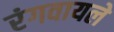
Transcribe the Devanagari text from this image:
रंगवायले